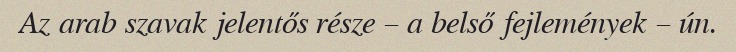
Az arab szavak jelentős része – a belső fejlemények – ún.